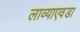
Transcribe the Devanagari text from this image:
लाव्याएवडा